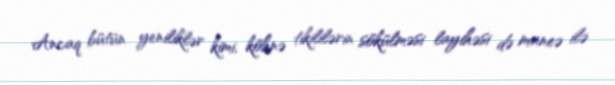
Ancaq bütün yeniliklər kimi, köhnə tikililərin sökülməsi layihəsi də maneə ilə